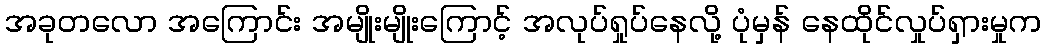
အခုတလော အကြောင်း အမျိုးမျိုးကြောင့် အလုပ်ရှုပ်နေလို့ ပုံမှန် နေထိုင်လှုပ်ရှားမှုက